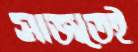
সাজতেই